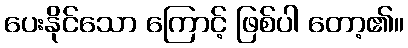
ပေးနိုင်သော ကြောင့် ဖြစ်ပါ တော့၏။